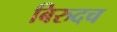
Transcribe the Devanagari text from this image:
बिरुदच